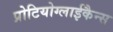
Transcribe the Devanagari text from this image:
प्रोटियोग्लाईकैन्स